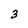
Character: 3